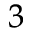
^ 3